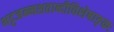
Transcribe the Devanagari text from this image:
भट्टजन्मशताब्दीविशेषाङ्कः